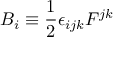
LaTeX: B _ { i } \equiv \frac { 1 } { 2 } \epsilon _ { i j k } F ^ { j k }